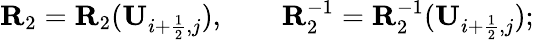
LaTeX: {\mathbf{R}}_{2}={\mathbf{R}}_{2}(\mathbf{U}_{i+\frac{1}{2},j}),\qquad{\mathbf{R}}_{2}^{-1}={\mathbf{R}}_{2}^{-1}(\mathbf{U}_{i+\frac{1}{2},j});